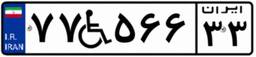
۰۷W۹۱۸۴۳